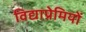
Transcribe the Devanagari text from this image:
विद्याप्रेमियों